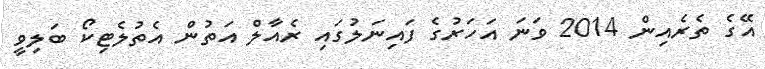
އޭގެ ތެރެއިން 2014 ވަނަ އަހަރުގެ ފައިނަލުގައި ރެއާލް އަތުން އެތުލެޓިކޯ ބަލިވީ